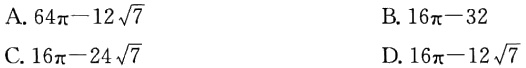
A. \(64\pi - 12\sqrt{7}\)

B. \(16\pi - 32\)

C. \(16\pi - 24\sqrt{7}\)

D. \(16\pi - 12\sqrt{7}\)